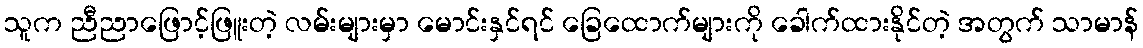
သူက ညီညာဖြောင့်ဖြူးတဲ့ လမ်းများမှာ မောင်းနှင်ရင် ခြေထောက်များကို ခေါက်ထားနိုင်တဲ့ အတွက် သာမာန်